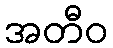
အတီဝ